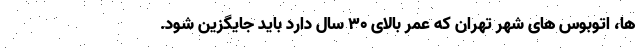
ها، اتوبوس های شهر تهران که عمر بالای ۳۰ سال دارد باید جایگزین شود.